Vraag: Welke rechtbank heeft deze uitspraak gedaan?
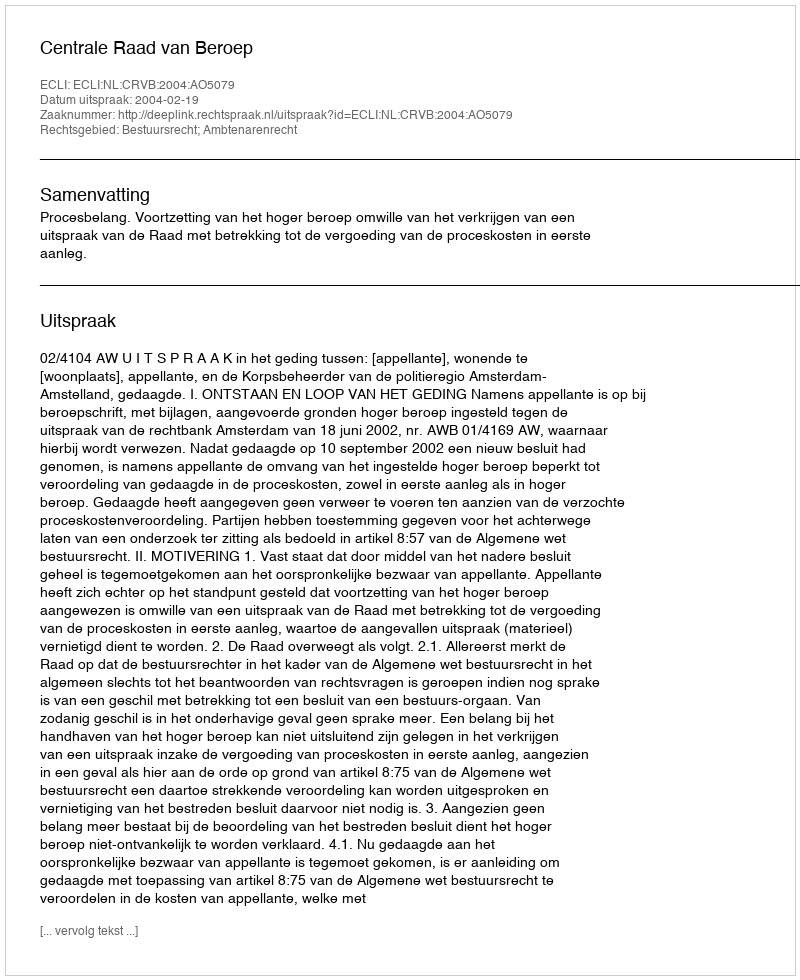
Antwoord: Centrale Raad van Beroep